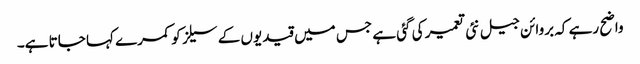
واضح رہے کہ بروائن جیل نئی تعمیر کی گئی ہے جس میں قیدیوں کے سیلز کو کمرے کہا جاتا ہے۔